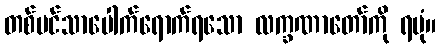
တစ်ပင်သာပေါက်ရောက်ရသော လက္ခဏာတော်ကို ရပုံ။